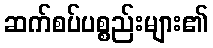
ဆက်စပ်ပစ္စည်းများ၏